Annual report on the Civil Veterinary Department, Burma (including the Insein Veterinary School) - 1923-1931
Year: 1923
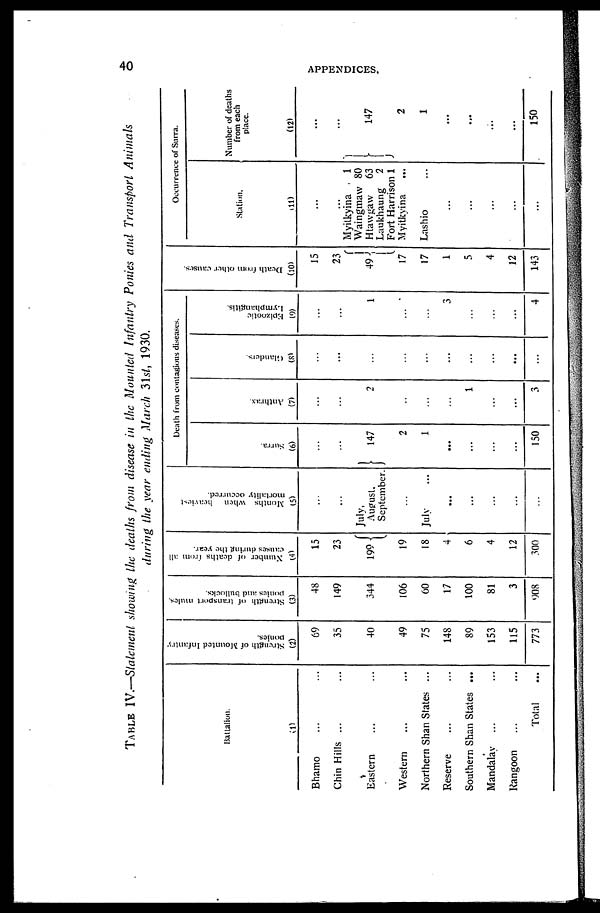
40
APPENDICES.
TABLE IV.—Statement showing the deaths from disease in the Mounted Infantry Ponies and Transport Animals
during the year ending March 31st, 1930.
Battalion.
(1)
Bhamo ... ...
Chin Hills ... ...
Eastern ... ...
Western ... ...
Northern Shan States ...
Reserve ... ...
Southern Shan States ...
Mandalay ... ...
Rangoon ... ...
Total ...
Strength of Mounted Infantry
ponies.
(2)
69
35
40
49
75
148
89
153
115
773
Strength of transport mules,
ponies and bullocks.
(3)
48
149
344
106
60
17
100
81
3
908
Number of deaths from all
causes during the year.
(4)
15
23
199
19
18
4
6
4
12
300
Months when
heaviest
mortality occurred.
(5)
...
...
July,
August.
September.
...
July ...
...
...
...
...
...
Death from contagious diseases.
Surra.
(6)
...
...
147
2
1
...
...
...
...
150
Anthrax.
(7)
...
...
2
...
...
...
1
...
...
3
Glanders.
(8)
...
...
...
...
...
...
...
...
...
Epizootic
Lymphangitis.
(9)
...
...
1
...
...
3
...
...
...
4
Deat h f r om ot her caus es
(10)
15
23
49
17
17
1
5
4
12
143
Occurrence of Surra.
Station.
(11)
...
...
Myitkyina
1
Waingmaw 80
Htawgaw
63
Laukhaung 2
Fort Harrison 1
Myitkyina ...
Lashio ...
Number of deaths
from each
place.
(12)
...
...
147
1
J
2
1
...
...
150